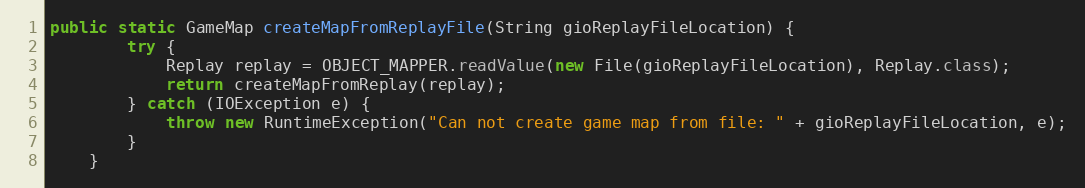
Language: Java
public static GameMap createMapFromReplayFile(String gioReplayFileLocation) {
        try {
            Replay replay = OBJECT_MAPPER.readValue(new File(gioReplayFileLocation), Replay.class);
            return createMapFromReplay(replay);
        } catch (IOException e) {
            throw new RuntimeException("Can not create game map from file: " + gioReplayFileLocation, e);
        }
    }